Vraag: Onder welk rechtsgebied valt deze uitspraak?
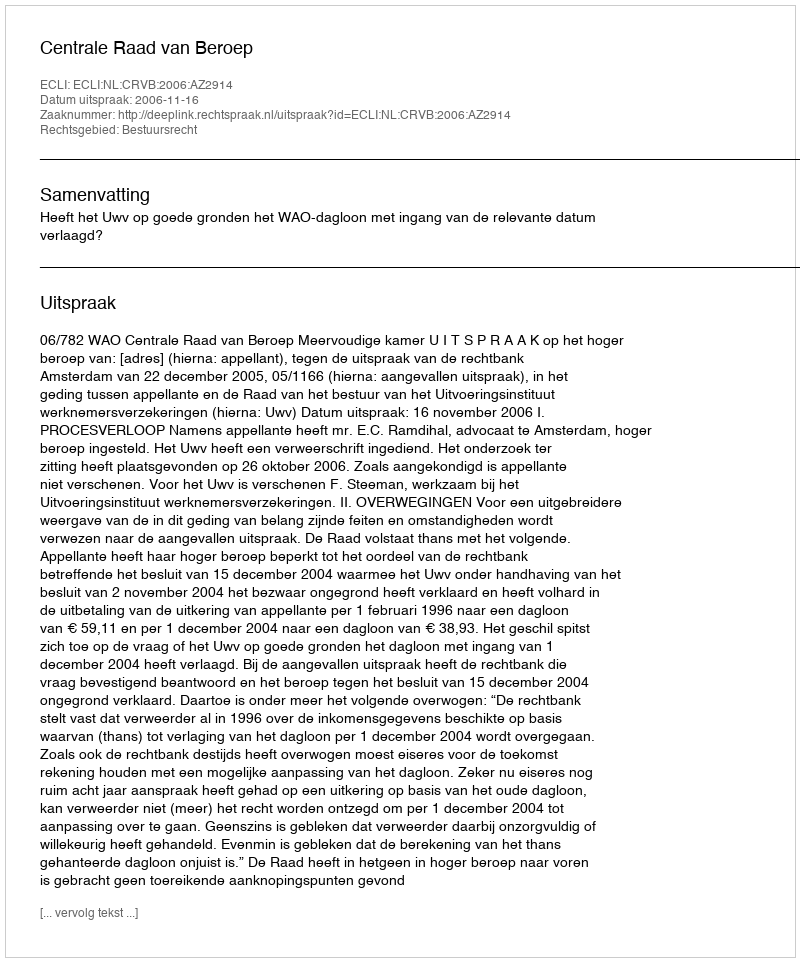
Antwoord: Bestuursrecht